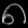
Digit: ၈